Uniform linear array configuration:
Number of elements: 48
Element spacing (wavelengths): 1
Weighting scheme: hann
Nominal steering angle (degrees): -30
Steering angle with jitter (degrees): -28.784
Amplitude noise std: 0.05
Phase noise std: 0.05

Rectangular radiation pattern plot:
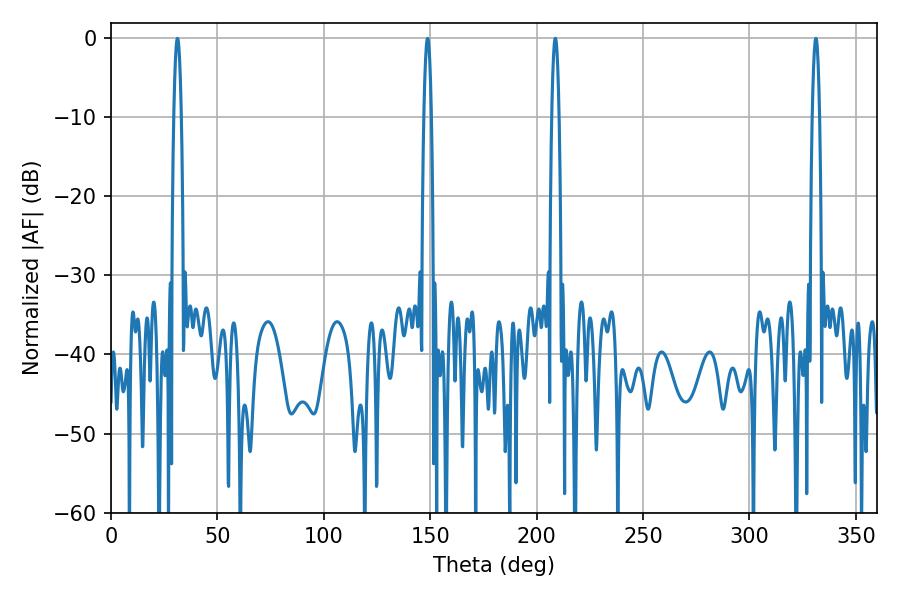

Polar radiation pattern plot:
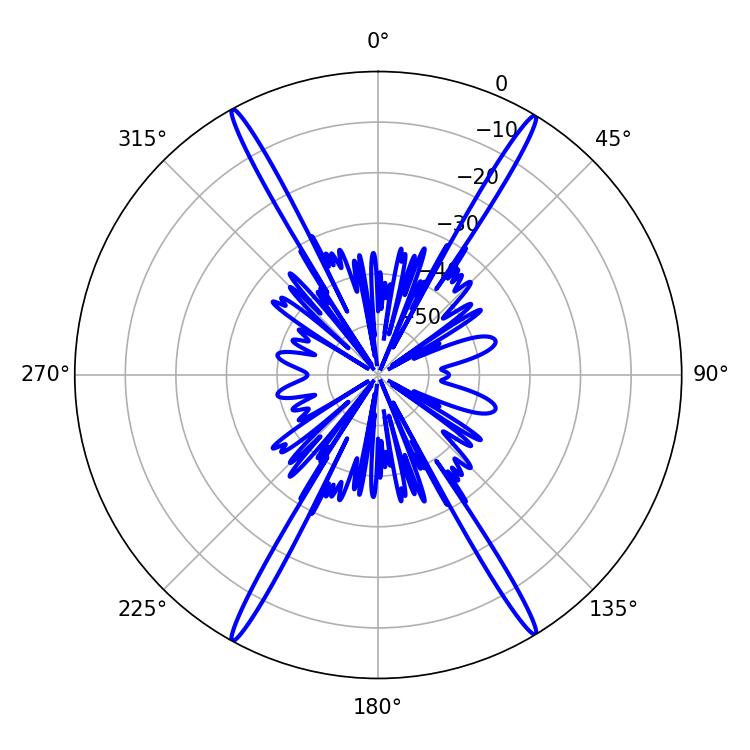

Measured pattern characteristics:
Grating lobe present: TRUE
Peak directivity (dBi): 27.345
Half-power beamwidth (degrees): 1.8
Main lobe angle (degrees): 208.8